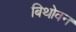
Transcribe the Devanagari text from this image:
बिथोवन